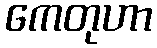
ကေတုဟာ